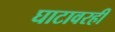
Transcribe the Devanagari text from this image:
घाटावरही